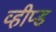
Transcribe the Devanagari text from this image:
व्हीप्ड